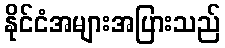
နိုင်ငံအများအပြားသည်